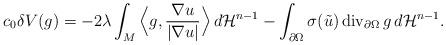
LaTeX: \begin{align*}c_0\delta V(g)=-2\lambda\int_M \Big\langle g,\frac{\nabla u}{|\nabla u|}\Big\rangle\, d\mathcal H^{n-1}-\int_{\partial\Omega}\sigma(\tilde u)\, {\rm div}_{\partial\Omega}\, g\, d\mathcal H^{n-1}.\end{align*}